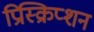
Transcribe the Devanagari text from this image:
प्रिस्क्रिप्शन